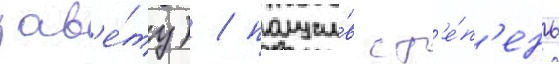
зав'е́ту) / получи́в ст'е́п'ень